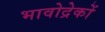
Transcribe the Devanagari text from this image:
भावोद्रेकों